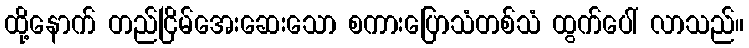
ထို့နောက် တည်ငြိမ်အေးဆေးသော စကားပြောသံတစ်သံ ထွက်ပေါ် လာသည်။